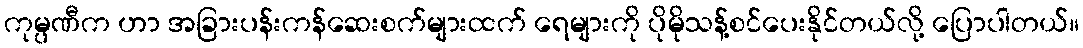
ကုမ္ပဏီက ဟာ အခြားပန်းကန်ဆေးစက်များထက် ရေများကို ပိုမိုသန့်စင်ပေးနိုင်တယ်လို့ ပြောပါတယ်။